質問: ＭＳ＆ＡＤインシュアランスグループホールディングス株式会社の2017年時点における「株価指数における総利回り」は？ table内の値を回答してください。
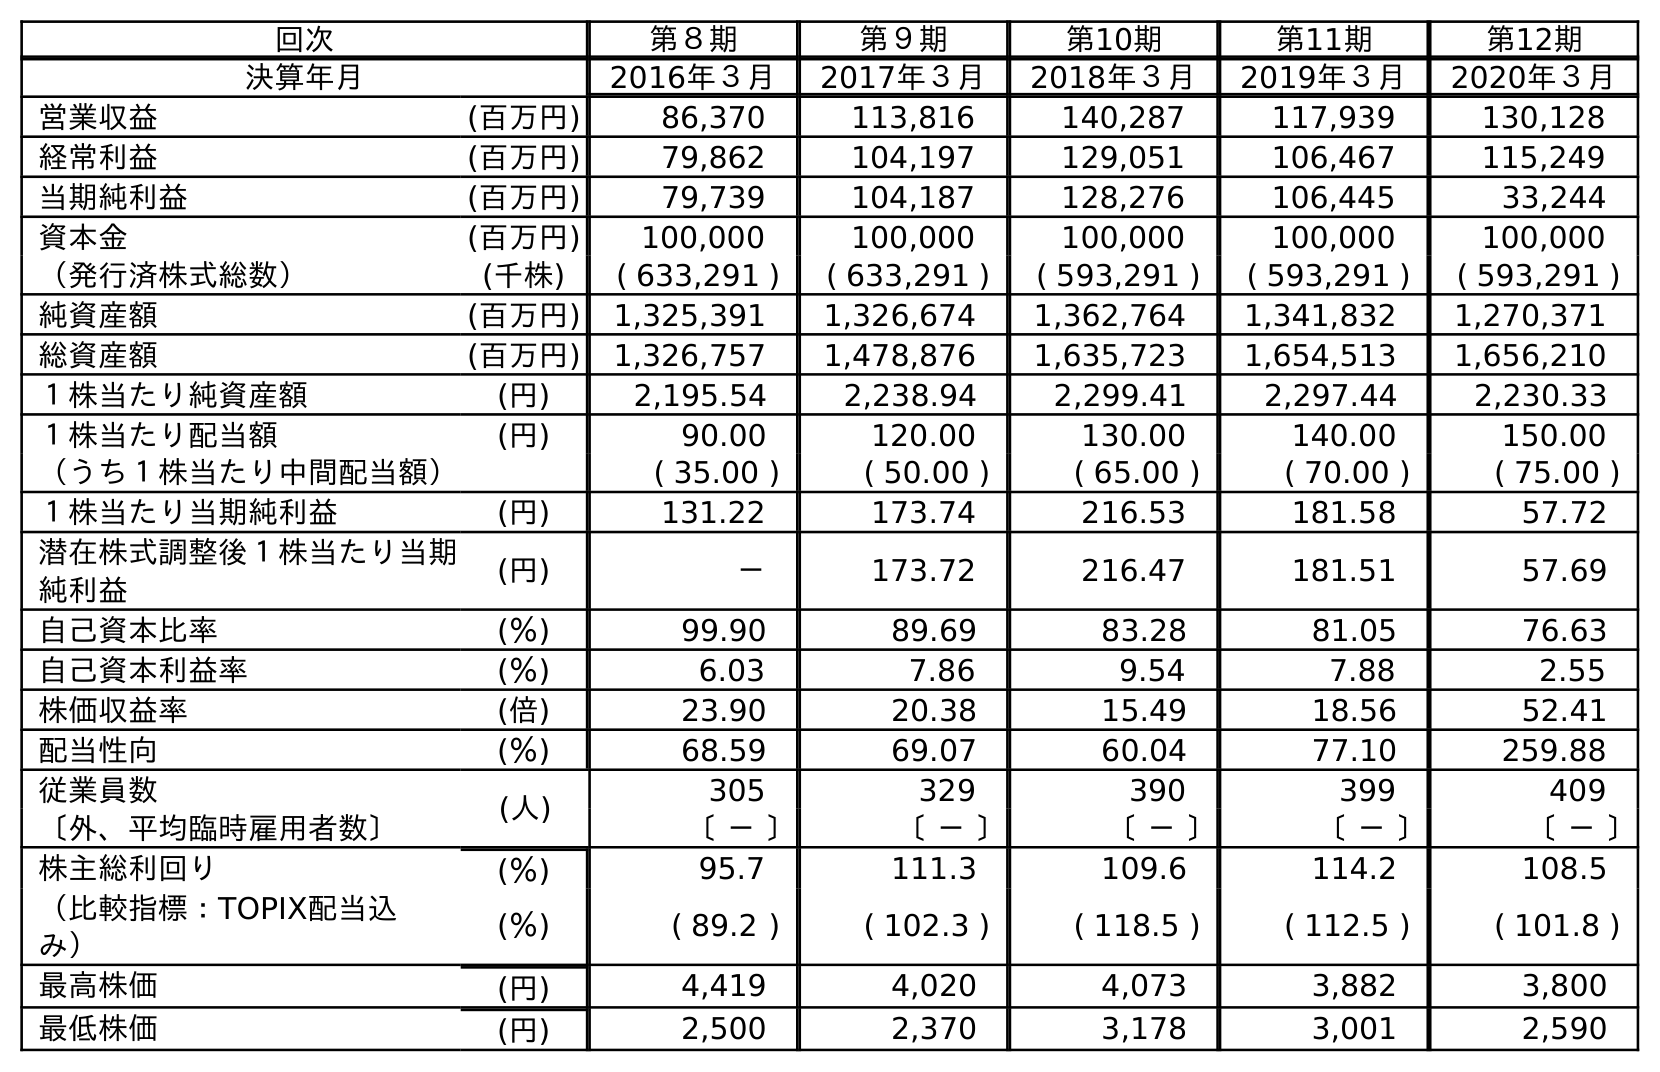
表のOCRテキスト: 回次 第８期 第９期 第10期 第11期 第12期 決算年月 2016年３月 2017年３月 2018年３月 2019年３月 2020年３月 営業収益 (百万円) 86,370 113,816 140,287 117,939 130,128 経常利益 (百万円) 79,862 104,197 129,051 106,467 115,249 当期純利益 (百万円) 79,739 104,187 128,276 106,445 33,244 資本金 (百万円) 100,000 100,000 100,000 100,000 100,000 （発行済株式総数） (千株) ( 633,291 ) ( 633,291 ) ( 593,291 ) ( 593,291 ) ( 593,291 ) 純資産額 (百万円) 1,325,391 1,326,674 1,362,764 1,341,832 1,270,371 総資産額 (百万円) 1,326,757 1,478,876 1,635,723 1,654,513 1,656,210 １株当たり純資産額 (円) 2,195.54 2,238.94 2,299.41 2,297.44 2,230.33 １株当たり配当額 (円) 90.00 120.00 130.00 140.00 150.00 （うち１株当たり中間配当額） ( 35.00 ) ( 50.00 ) ( 65.00 ) ( 70.00 ) ( 75.00 ) １株当たり当期純利益 (円) 131.22 173.74 216.53 181.58 57.72 潜在株式調整後１株当たり当期 純利益 (円) － 173.72 216.47 181.51 57.69 自己資本比率 (％) 99.90 89.69 83.28 81.05 76.63 自己資本利益率 (％) 6.03 7.86 9.54 7.88 2.55 株価収益率 (倍) 23.90 20.38 15.49 18.56 52.41 配当性向 (％) 68.59 69.07 60.04 77.10 259.88 従業員数 (人) 305 329 390 399 409 〔外、平均臨時雇用者数〕 〔 － 〕 〔 － 〕 〔 － 〕 〔 － 〕 〔 － 〕 株主総利回り (％) 95.7 111.3 109.6 114.2 108.5 （比較指標：TOPIX配当込 み） (％) ( 89.2 ) ( 102.3 ) ( 118.5 ) ( 112.5 ) ( 101.8 ) 最高株価 (円) 4,419 4,020 4,073 3,882 3,800 最低株価 (円) 2,500 2,370 3,178 3,001 2,590
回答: (102.3)